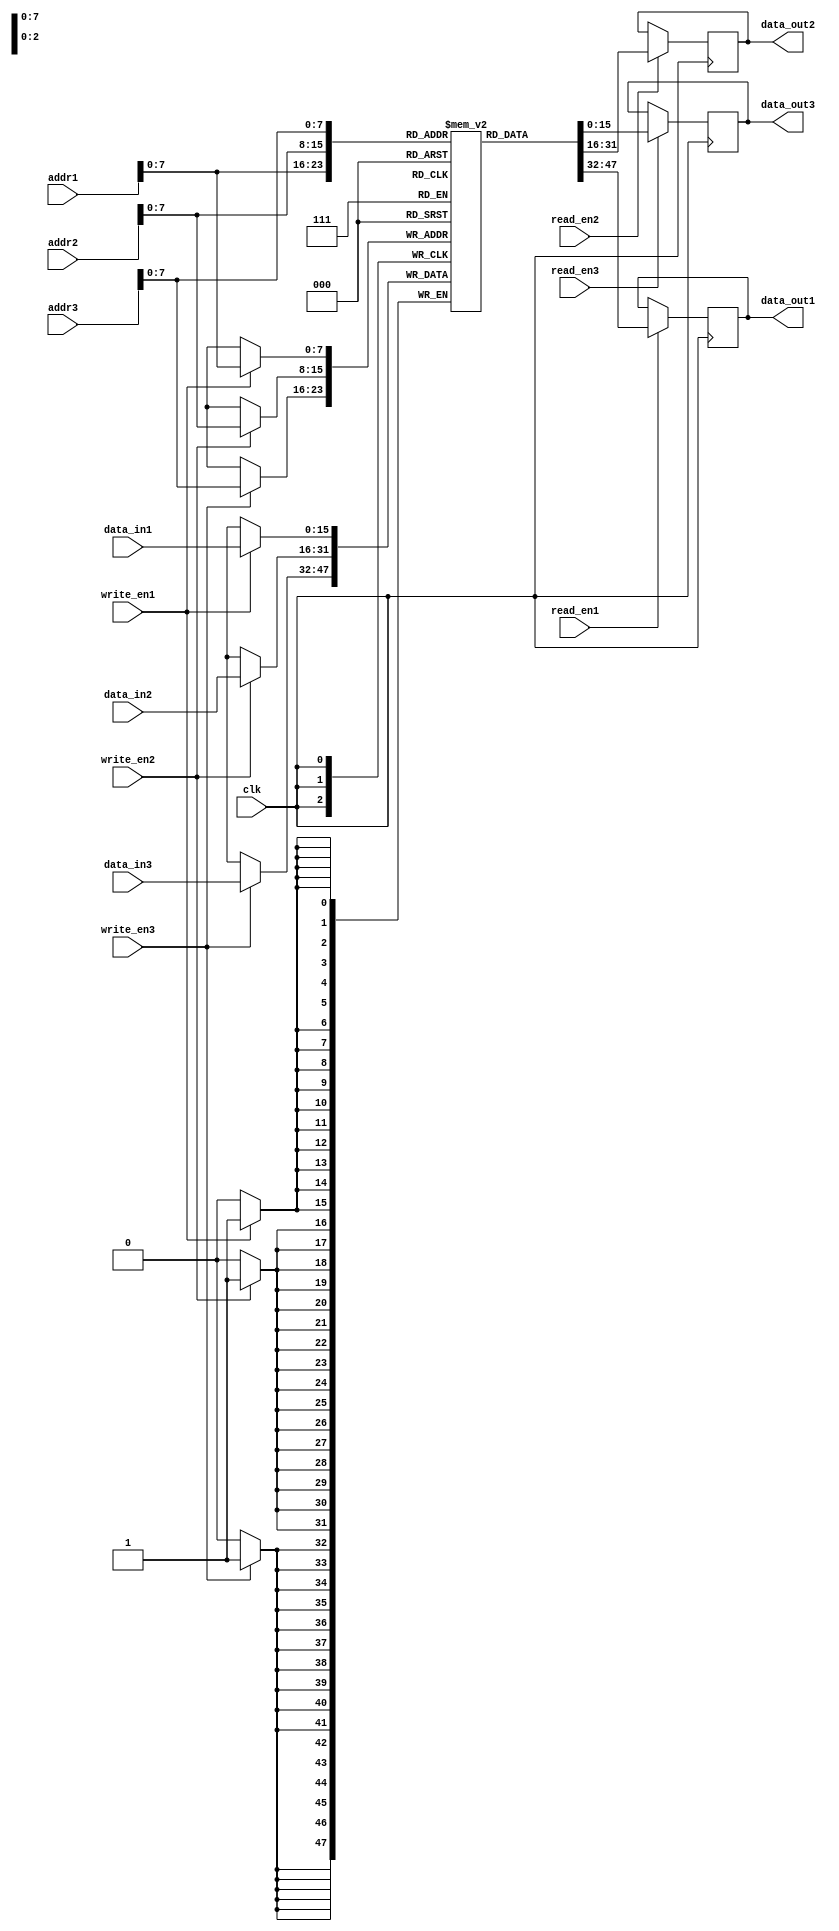
module triple_port_register_file(
    input clk,
    input [15:0] addr1, addr2, addr3,
    input [15:0] data_in1, data_in2, data_in3,
    input write_en1, write_en2, write_en3,
    input read_en1, read_en2, read_en3,
    output reg [15:0] data_out1, data_out2, data_out3
);

reg [15:0] mem [0:255];

always @(posedge clk) begin
    if(write_en1) mem[addr1] <= data_in1;
    if(write_en2) mem[addr2] <= data_in2;
    if(write_en3) mem[addr3] <= data_in3;
    
    if(read_en1) data_out1 <= mem[addr1];
    if(read_en2) data_out2 <= mem[addr2];
    if(read_en3) data_out3 <= mem[addr3];
end

endmodule